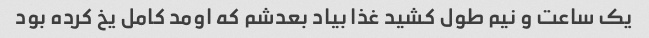
یک ساعت و‌ نیم طول کشید غذا بیاد بعدشم که اومد کامل یخ کرده بود